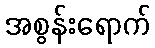
အစွန်းရောက်